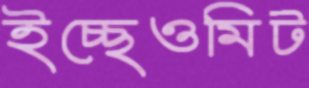
ইচ্ছেওমিট